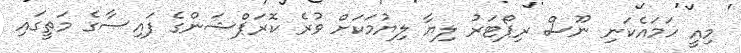
މިއީ ހަމައެކަނި ނޫސް ރިޕޯޓަރު ލިޔާ ލިޔުމަކަށް ވުރެ ކޮރަޕްޝަންގެ ފައިސާގެ މަތީގައި